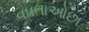
વધતાઓછા